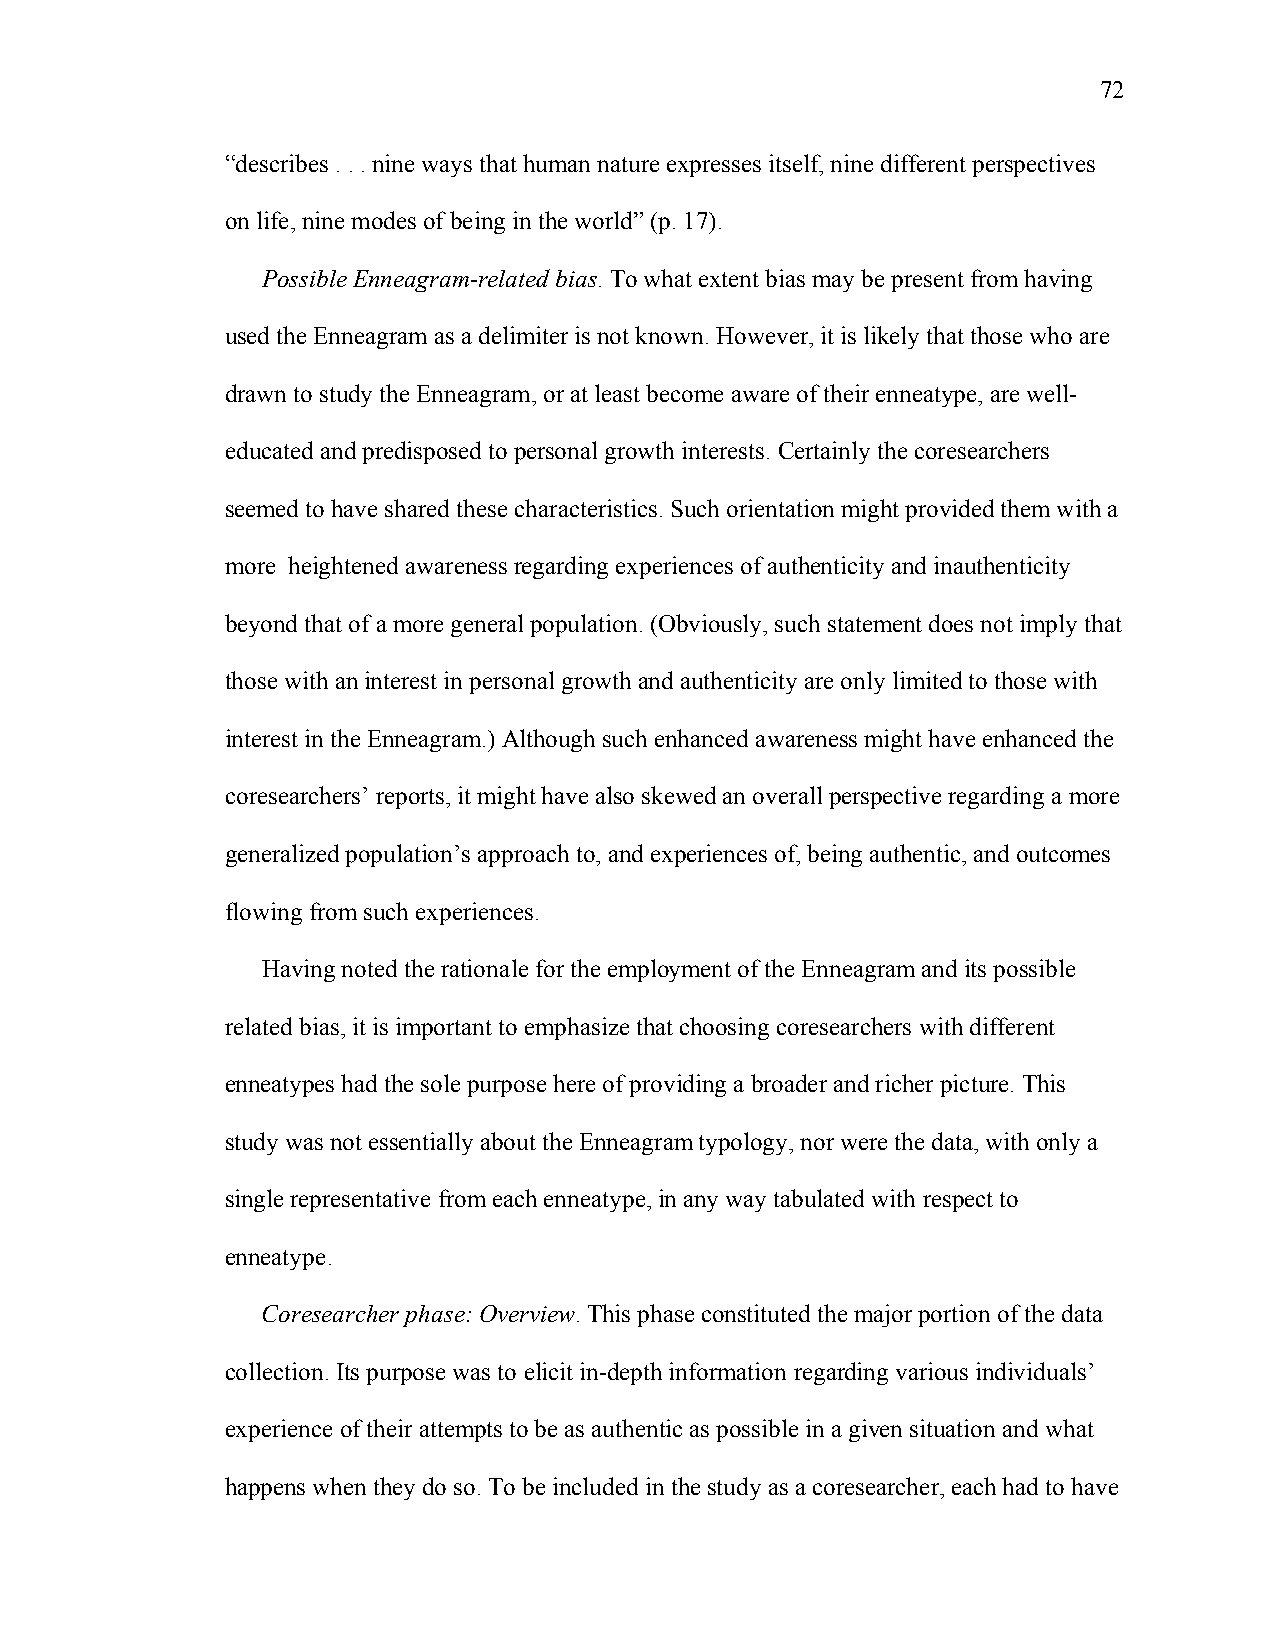
72
 “describes . . . nine ways that human nature expresses itself, nine different perspectives
 on life, nine modes of being in the world” (p. 17).
 Possible Enneagram-related bias. To what extent bias may be present from having
 used the Enneagram as a delimiter is not known. However, it is likely that those who are
 drawn to study the Enneagram, or at least become aware of their enneatype, are well-
 educated and predisposed to personal growth interests. Certainly the coresearchers
 seemed to have shared these characteristics. Such orientation might provided them with a
 more heightened awareness regarding experiences of authenticity and inauthenticity
 beyond that of a more general population. (Obviously, such statement does not imply that
 those with an interest in personal growth and authenticity are only limited to those with
 interest in the Enneagram.) Although such enhanced awareness might have enhanced the
 coresearchers’ reports, it might have also skewed an overall perspective regarding a more
 generalized population’s approach to, and experiences of, being authentic, and outcomes
 flowing from such experiences.
 Having noted the rationale for the employment of the Enneagram and its possible
 related bias, it is important to emphasize that choosing coresearchers with different
 enneatypes had the sole purpose here of providing a broader and richer picture. This
 study was not essentially about the Enneagram typology, nor were the data, with only a
 single representative from each enneatype, in any way tabulated with respect to
 enneatype.
 Coresearcher phase: Overview. This phase constituted the major portion of the data
 collection. Its purpose was to elicit in-depth information regarding various individuals’
 experience of their attempts to be as authentic as possible in a given situation and what
 happens when they do so. To be included in the study as a coresearcher, each had to have